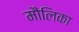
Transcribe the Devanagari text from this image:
मौलिका